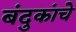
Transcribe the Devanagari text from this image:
बंदुकांचे